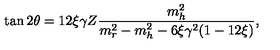
\tan 2 \theta = 1 2 \xi \gamma Z \frac { m _ { h } ^ { 2 } } { m _ { r } ^ { 2 } - m _ { h } ^ { 2 } - 6 \xi \gamma ^ { 2 } ( 1 - 1 2 \xi ) } \mathrm { , }